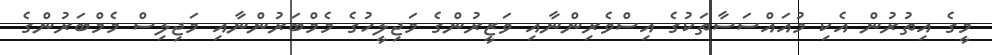
މީގެ އިތުރުން އެކި މުއައްސަސާތަކުގެ އިސްވެރިންނާއި ވަޒީރުންގެ މަޖިލީހުގެ މެމްބަރުންނާއި މަޖިލިސް މެމްބަރުންގެ